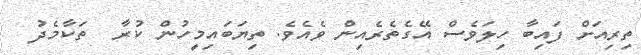
ތިރިއަށް ފައިބާ ހިލަވެސް އޭގެތެރެއިން ވެއެވެ. ތިޔަބައިމީހުން ކުރާ  ތަކާމެދު